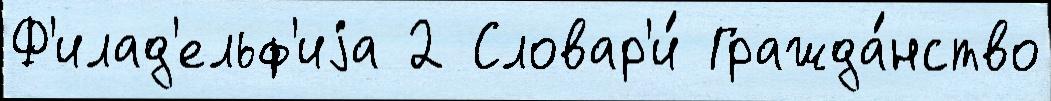
Ф'илад'ельф'иjа 2 Словар'и́ Гражда́нство